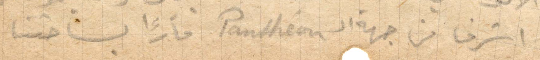
اشرف من جهة الPanthéon مارًا بساحتنا